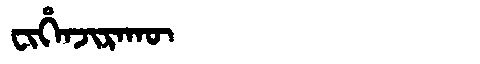
Manchu: ᠸᡳᡥᡝᠨᠵᡳᡵᠠᡴᡡ
Romanization: FIHENJIRAKŪ